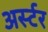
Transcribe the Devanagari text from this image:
अर्स्टर